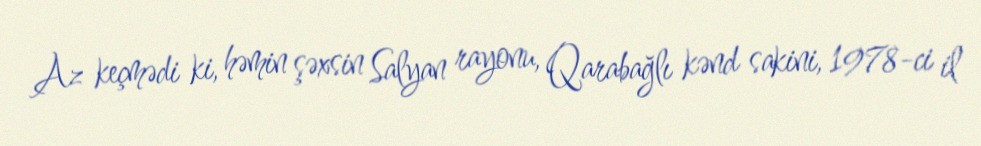
Az keçmədi ki, həmin şəxsin Salyan rayonu, Qarabağlı kənd sakini, 1978-ci il